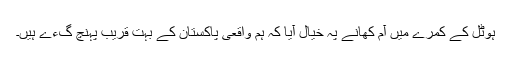
ہوٹل کے کمرے میں آم کھانے پہ خیال آیا کہ ہم واقعی پاکستان کے بہت قریب پہنچ گءے ہیں۔